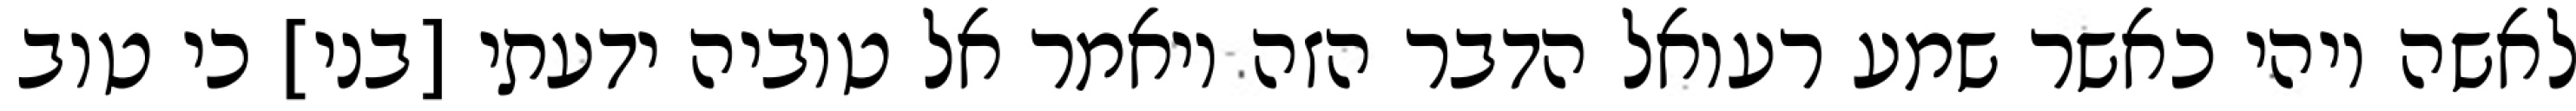
לאשה ויהי כאשר שמע רעואל הדבר הזה ויאמר אל טוביה ידעתי [בני] כי טוב